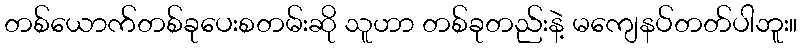
တစ်ယောက်တစ်ခုပေးစတမ်းဆို သူဟာ တစ်ခုတည်းနဲ့ မကျေနပ်တတ်ပါဘူး။